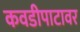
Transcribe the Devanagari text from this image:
कवडीपाटावर